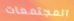
المجتمعات